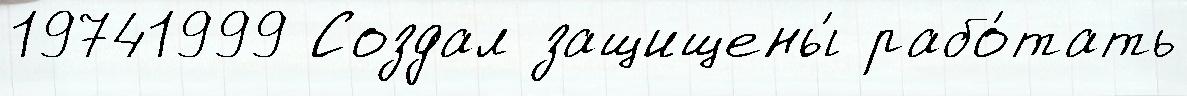
19741999 Создал защищены́ рабо́тать